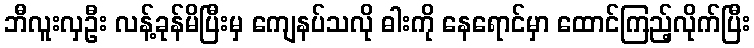
ဘီလူးလှဦး လန့်ခုန်မိပြီးမှ ကျေနပ်သလို ဓါးကို နေရောင်မှာ ထောင်ကြည့်လိုက်ပြီး